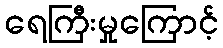
ရေကြီးမှုကြောင့်